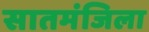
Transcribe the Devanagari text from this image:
सातमंजिला